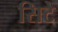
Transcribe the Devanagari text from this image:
सिटे